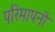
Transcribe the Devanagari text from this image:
परिमापनों